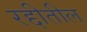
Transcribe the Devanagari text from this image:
रद्दीतील